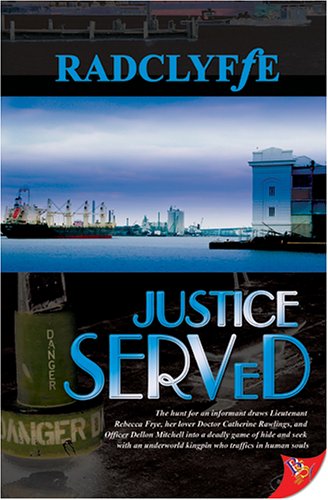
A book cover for Justice Served; Radclyffe; Romance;